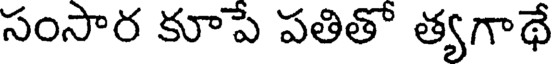
సంసార కూపే పతితో త్యగాథే